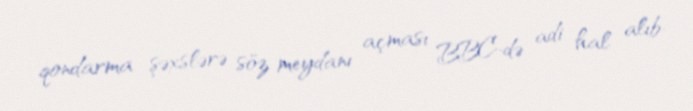
qondarma şəxslərə söz meydanı açması BBC-də adi hal alıb.